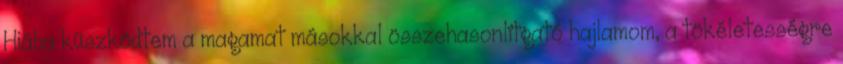
Hiába küszködtem a magamat másokkal összehasonlítgató hajlamom, a tökéletességre